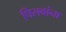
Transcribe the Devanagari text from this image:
पिसवांना